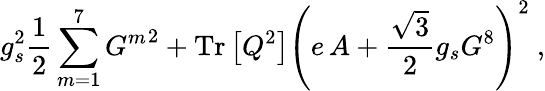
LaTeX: g_{s}^{2}\frac{1}{2}\sum_{m=1}^{7}{G^{m}}^{2}+\mathrm{Tr}\left[Q^{2}\right]\left(e\, A+\frac{\sqrt{3}}{2}g_{s}G^{8}\right)^{2}\ ,